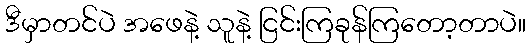
ဒီမှာတင်ပဲ အဖေနဲ့ သူနဲ့ ငြင်းကြခုန်ကြတော့တာပဲ။